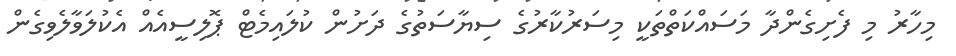
މިހާރު މި ފެށިގެންދާ މަސައްކަތްތަކީ މިސަރުކާރުގެ ސިޔާސަތުގެ ދަށުން ކުލައިމެޓް ޕޮލިސީއެއް އެކުލަވާލެވިގެން